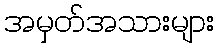
အမှတ်အသားများ